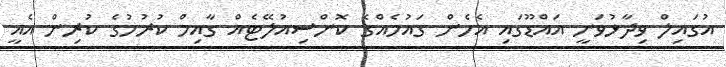
އުގައިލް ވިދާޅުވަނީ އައްޑޫގައި އެހެން ގައުމެއްގެ ކޮންސިއުލޭޓެއް ގާއިމް ކުރުމުގެ ކުރިން އެއީ